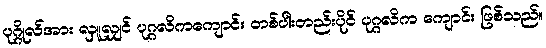
ပုဂ္ဂိုလ်အား လှူလျှင် ပုဂ္ဂလိကကျောင်း တစ်ပါးတည်းပိုင် ပုဂ္ဂလိက ကျောင်း ဖြစ်သည်။